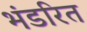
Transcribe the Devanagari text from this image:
भंडरित